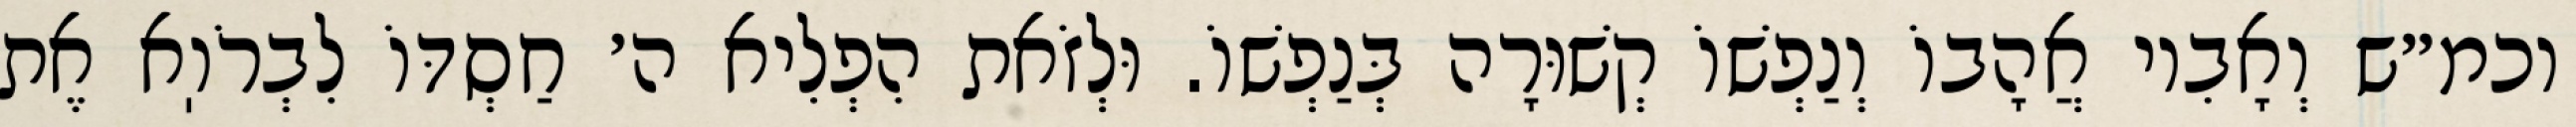
וכמ״ש וְאָבִיו אֲהָבוֹ וְנַפְשׁוֹ קְשׁוּרָה בְּנַפְשׁוֹ. וּלְזֹאת הִפְלִיא ה׳ חַסְדּוֹ לִבְרֹוֽא אֶת